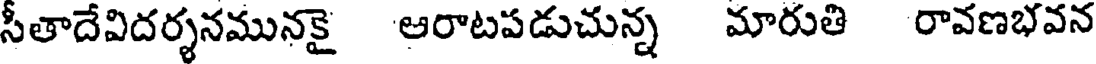
సీతాదేవిదర్శనమునకై ఆరాటపడుచున్న మారుతి రావణభవన